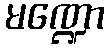
မဏ္ဍော